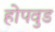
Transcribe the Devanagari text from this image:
होपवुड